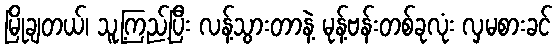
မြိုချတယ်၊ သူ့ကြည့်ပြီး လန့်သွားတာနဲ့ မုန့်ဗန်းတစ်ခုလုံး လှမစားခင်